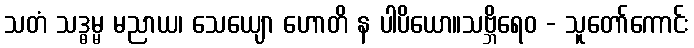
သတံ သဒ္ဓမ္မ မညာယ၊ သေယျော ဟောတိ န ပါပိယော။သဗ္ဘိရေဝ - သူတော်ကောင်း